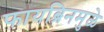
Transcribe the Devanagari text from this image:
फायब्रिनमुळे